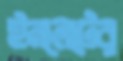
ইনলেটের